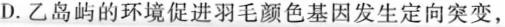
D.乙岛屿的环境促进羽毛颜色基因发生定向突变，